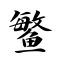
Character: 鳘